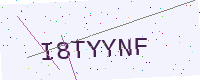
Text: I8TYYNF